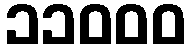
၁၁၀၀၀